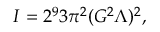
I = 2 ^ { 9 } 3 \pi ^ { 2 } ( G ^ { 2 } \Lambda ) ^ { 2 } ,